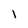
Character: i